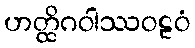
ဟတ္ထိဂဝါဿဝဠဝံ